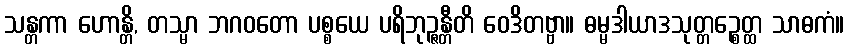
သန္တကာ ဟောန္တိ, တသ္မာ ဘဂဝတော ပစ္စယေ ပရိဘုဉ္ဇန္တီတိ ဝေဒိတဗ္ဗာ။ ဓမ္မဒါယာဒသုတ္တဉ္စေတ္ထ သာဓကံ။